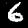
Label: 6